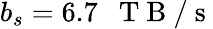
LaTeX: b_{s}=6.7\mathrm{~~~T~B~/~s~}